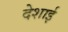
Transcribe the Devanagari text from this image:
देशाई